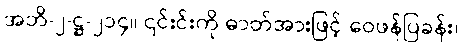
အဘိ-၂-ဋ္ဌ-၂၁၄။ ၎င်းင်းကို ဓာတ်အားဖြင့် ဝေဖန်ပြခန်း၊